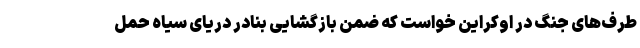
طرف‌های جنگ در اوکراین خواست که ضمن بازگشایی بنادر دریای سیاه حمل